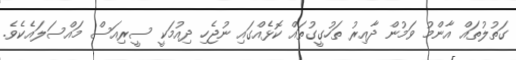
ގަތުލުތައް އާންމު ވަމުން ދާއިރު ތަހުގީގުތައް ކޮޅެއްގައި ނުޖެހި ދިއުމަކީ ސީރިއަސް މައްސަލައެކެވެ.